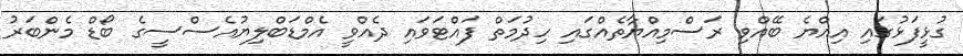
ގުޅީފަޅުގައި އިއްޔެ ބޭއްވި ރަސްމިއްޔާތެއްގައި ހިދުމަތް ފައްޓަވައި ދެއްވީ އެމްޑަބްލިޔުއެސްސީގެ ބޯޑް މެންބަރު